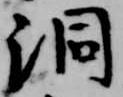
洞